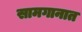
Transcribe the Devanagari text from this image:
सामगानात